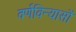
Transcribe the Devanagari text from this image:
वर्णविन्यासों